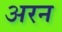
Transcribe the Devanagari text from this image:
अरन